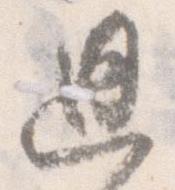
思